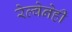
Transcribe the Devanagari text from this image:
रेल्वेनेही